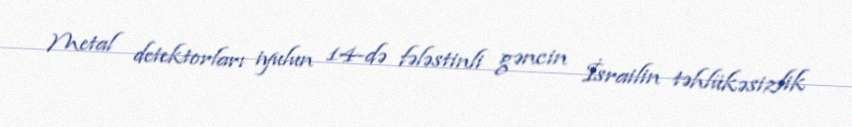
Metal detektorları iyulun 14-də fələstinli gəncin İsrailin təhlükəsizlik